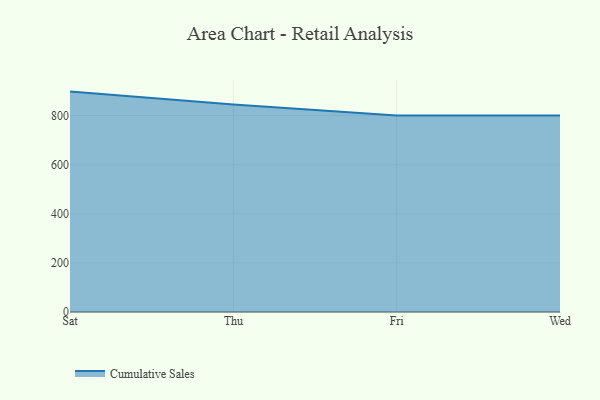
{"axis": {"x": "Day", "y": "Population (Million)"}, "legend": ["Cumulative Sales"], "data": [{"x": "Sat", "y": 897.3, "type": "Cumulative Sales"}, {"x": "Thu", "y": 844.5, "type": "Cumulative Sales"}, {"x": "Fri", "y": 800, "type": "Cumulative Sales"}, {"x": "Wed", "y": 800, "type": "Cumulative Sales"}]}